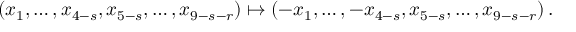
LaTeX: ( x _ { 1 } , \dots , x _ { 4 - s } , x _ { 5 - s } , \dots , x _ { 9 - s - r } ) \mapsto ( - x _ { 1 } , \dots , - x _ { 4 - s } , x _ { 5 - s } , \dots , x _ { 9 - s - r } ) \, .